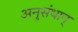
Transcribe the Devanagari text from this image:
अनुसंधान्